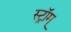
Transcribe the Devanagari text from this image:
स्ट्रॉम्‌